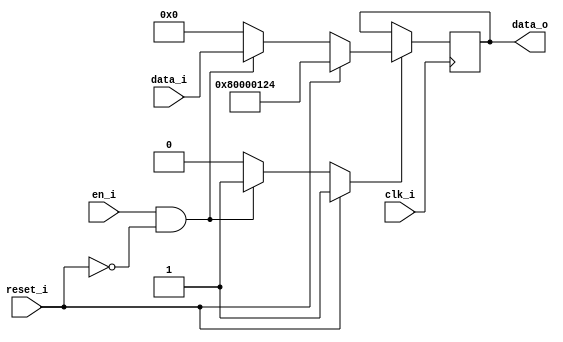
// This program was cloned from: https://github.com/NYU-MLDA/OpenABC
// License: BSD 3-Clause "New" or "Revised" License

module bsg_dff_reset_en_64_80000124
(
  clk_i,
  reset_i,
  en_i,
  data_i,
  data_o
);

  input [63:0] data_i;
  output [63:0] data_o;
  input clk_i;
  input reset_i;
  input en_i;
  wire N0,N1,N2,N3,N4,N5,N6,N7,N8,N9,N10,N11,N12,N13,N14,N15,N16,N17,N18,N19,N20,N21,
  N22,N23,N24,N25,N26,N27,N28,N29,N30,N31,N32,N33,N34,N35,N36,N37,N38,N39,N40,N41,
  N42,N43,N44,N45,N46,N47,N48,N49,N50,N51,N52,N53,N54,N55,N56,N57,N58,N59,N60,N61,
  N62,N63,N64,N65,N66,N67,N68,N69;
  reg [63:0] data_o;
  assign N3 = (N0)? 1'b1 :
              (N69)? 1'b1 :
              (N2)? 1'b0 : 1'b0;
  assign N0 = reset_i;
  assign { N67, N66, N65, N64, N63, N62, N61, N60, N59, N58, N57, N56, N55, N54, N53, N52, N51, N50, N49, N48, N47, N46, N45, N44, N43, N42, N41, N40, N39, N38, N37, N36, N35, N34, N33, N32, N31, N30, N29, N28, N27, N26, N25, N24, N23, N22, N21, N20, N19, N18, N17, N16, N15, N14, N13, N12, N11, N10, N9, N8, N7, N6, N5, N4 } = (N0)? { 1'b0, 1'b0, 1'b0, 1'b0, 1'b0, 1'b0, 1'b0, 1'b0, 1'b0, 1'b0, 1'b0, 1'b0, 1'b0, 1'b0, 1'b0, 1'b0, 1'b0, 1'b0, 1'b0, 1'b0, 1'b0, 1'b0, 1'b0, 1'b0, 1'b0, 1'b0, 1'b0, 1'b0, 1'b0, 1'b0, 1'b0, 1'b0, 1'b1, 1'b0, 1'b0, 1'b0, 1'b0, 1'b0, 1'b0, 1'b0, 1'b0, 1'b0, 1'b0, 1'b0, 1'b0, 1'b0, 1'b0, 1'b0, 1'b0, 1'b0, 1'b0, 1'b0, 1'b0, 1'b0, 1'b0, 1'b1, 1'b0, 1'b0, 1'b1, 1'b0, 1'b0, 1'b1, 1'b0, 1'b0 } :
                                                                                                                                                                                                                                                                                                                                        (N69)? data_i : 1'b0;
  assign N1 = en_i | reset_i;
  assign N2 = ~N1;
  assign N68 = ~reset_i;
  assign N69 = en_i & N68;

  always @(posedge clk_i) begin
    if(N3) begin
      { data_o[63:0] } <= { N67, N66, N65, N64, N63, N62, N61, N60, N59, N58, N57, N56, N55, N54, N53, N52, N51, N50, N49, N48, N47, N46, N45, N44, N43, N42, N41, N40, N39, N38, N37, N36, N35, N34, N33, N32, N31, N30, N29, N28, N27, N26, N25, N24, N23, N22, N21, N20, N19, N18, N17, N16, N15, N14, N13, N12, N11, N10, N9, N8, N7, N6, N5, N4 };
    end
  end


endmodule